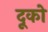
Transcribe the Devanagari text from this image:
दूको